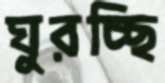
ঘুরচ্ছি